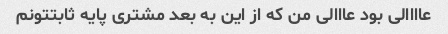
عاااالی بود عااالی من که از این به بعد مشتری پایه ثابتتونم